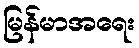
မြန်မာအရေး